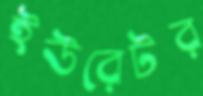
ইউরেটর